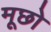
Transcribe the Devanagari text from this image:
मूछो